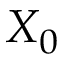
X _ { 0 }